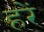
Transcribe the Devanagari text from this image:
हरें